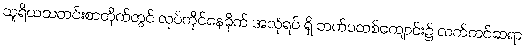
သူရိယသတင်းစာတိုက်တွင် လုပ်ကိုင်နေခိုက် အလုံရပ် ရှိ ဘက်ပတစ်ကျောင်း၌ လက်တင်ဆရာ